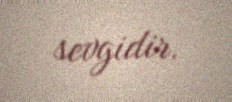
sevgidir.